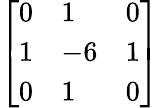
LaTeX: \left[\begin{array}{lll}{0}&{1}&{0}\\ {1}&{-6}&{1}\\ {0}&{1}&{0}\end{array}\right]